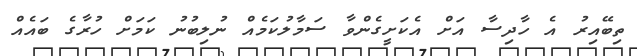
ތިބޭއިރު އެ ހާދިސާ އަށް އެކަށީގެންވާ ސަމާލުކަމެއް ނުލިބުނު ކަމަށް ހުރާގެ ބައެއް